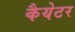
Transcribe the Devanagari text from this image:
कैयेटर